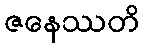
ဇနေဿတိ